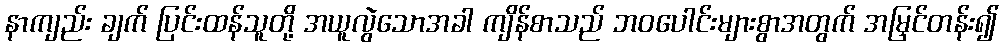
နာကျည်း ချက် ပြင်းထန်သူတို့ အယူလွဲသောအခါ ကျိန်စာသည် ဘဝပေါင်းများစွာအတွက် အမြှင်တန်း၍